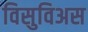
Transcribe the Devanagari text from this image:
विसुविअस